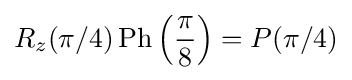
R_{z}(\pi /4)\operatorname {Ph} \left({\frac {\pi }{8}}\right)=P(\pi /4)